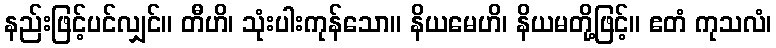
နည်းဖြင့်ပင်လျှင်။ တီဟိ၊ သုံးပါးကုန်သော။ နိယမေဟိ၊ နိယမတို့ဖြင့်။ ဧတံ ကုသလံ၊